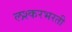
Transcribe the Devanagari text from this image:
लश्करभरती